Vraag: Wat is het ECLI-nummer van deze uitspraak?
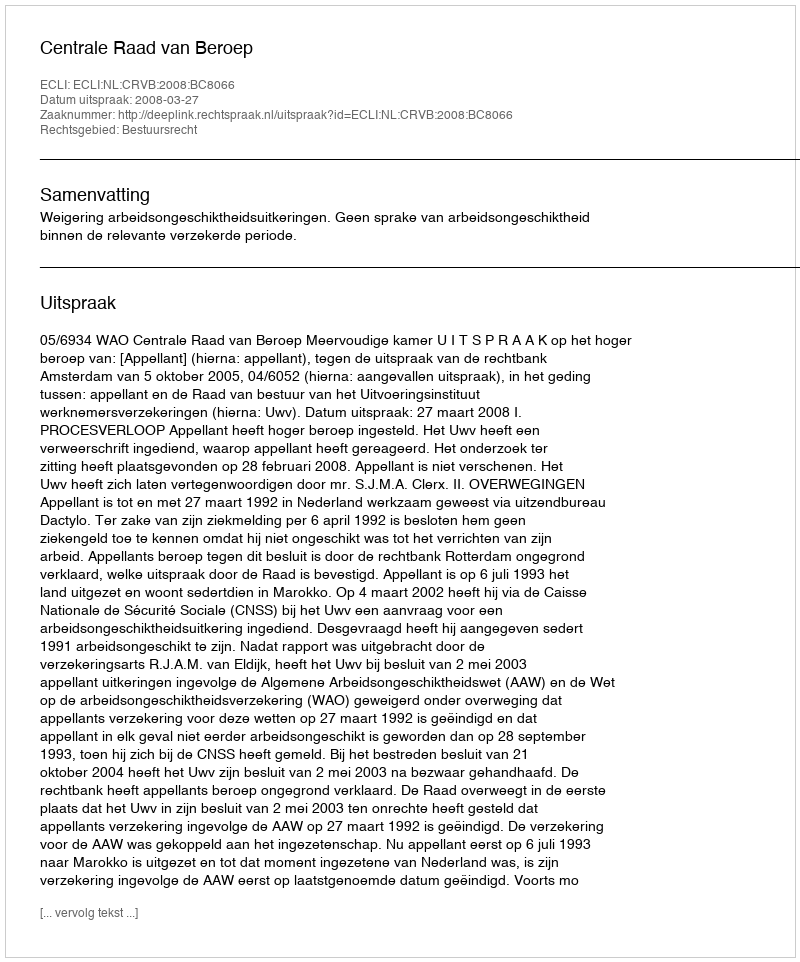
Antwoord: ECLI:NL:CRVB:2008:BC8066